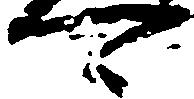
可